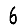
Digit: 6